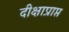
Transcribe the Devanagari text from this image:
दीक्षाप्राप्त